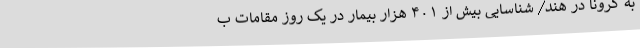
به کرونا در هند/ شناسایی بیش از ۴۰۱ هزار بیمار در یک روز مقامات ب